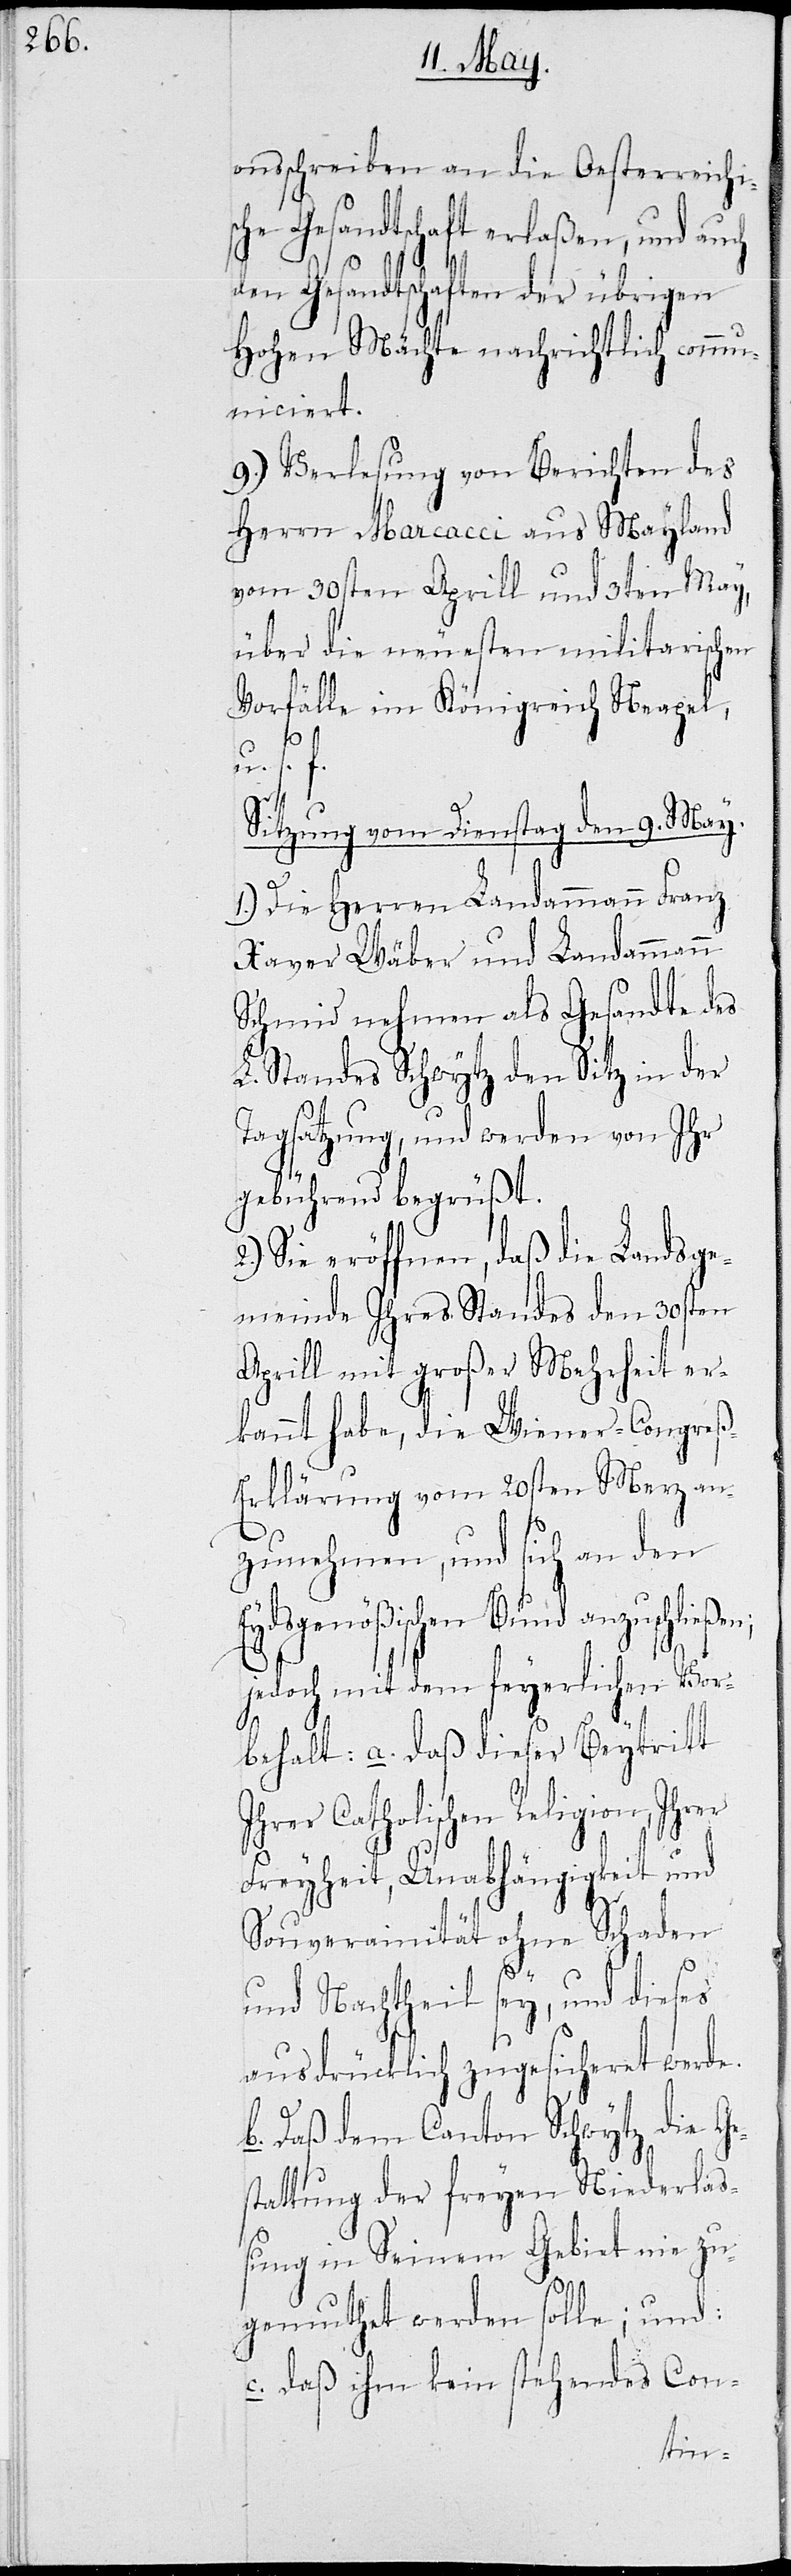
onsschreiben an die Oesterreichi¬
sche Gesandtschaft erlaßen, und auch
den Gesandtschaften der übrigen
Hohen Mächte nachrichtlich comm¬
uniciert.
9.) Verlesung von Berichten des
Herrn Marcacci aus Mayland
vom 30sten Aprill und 3ten May,
über die neuesten militarischen
Vorfälle im Königreich Neapel,
u.s.f.
Sitzung vom Dienstag den 9. May.
1.) Die Herren Landammann Franz
Xaver Wäber und Landammann
Schmid nehmen als Gesandte des
L. Standes Schwytz den Sitz in der
Tagsatzung, und werden von Ihr
gebührend begrüßt.
Sie eröffnen, daß die Landsge¬
meinde Ihres Standes den 30sten
Aprill mit großer Mehrheit er¬
kannt habe, die Wiener-Congre¬
ß-Erklärung vom 20sten Merz an¬
zunehmen, und sich an den
ydsgenößischen Bund anzuschlie¬
jedoch mit dem feyerlichen Vor¬
a. daß dieser Beytritt
Ihrer Catholischen Religion, Ihrer
Freyheit, Unahängigkeit und
Souverainität ohne Schaden
alt:
und Nachtheil sey, und dieses
ausdrücklich zugesicheret werde.
b. Daß dem Canton Schwytz die Ge¬
stattung der freyen Niederlaß¬
ung in Seinem Gebiet nie zu¬
gemuthet werden solle; und:
c. daß ihm kein stehendes Con-